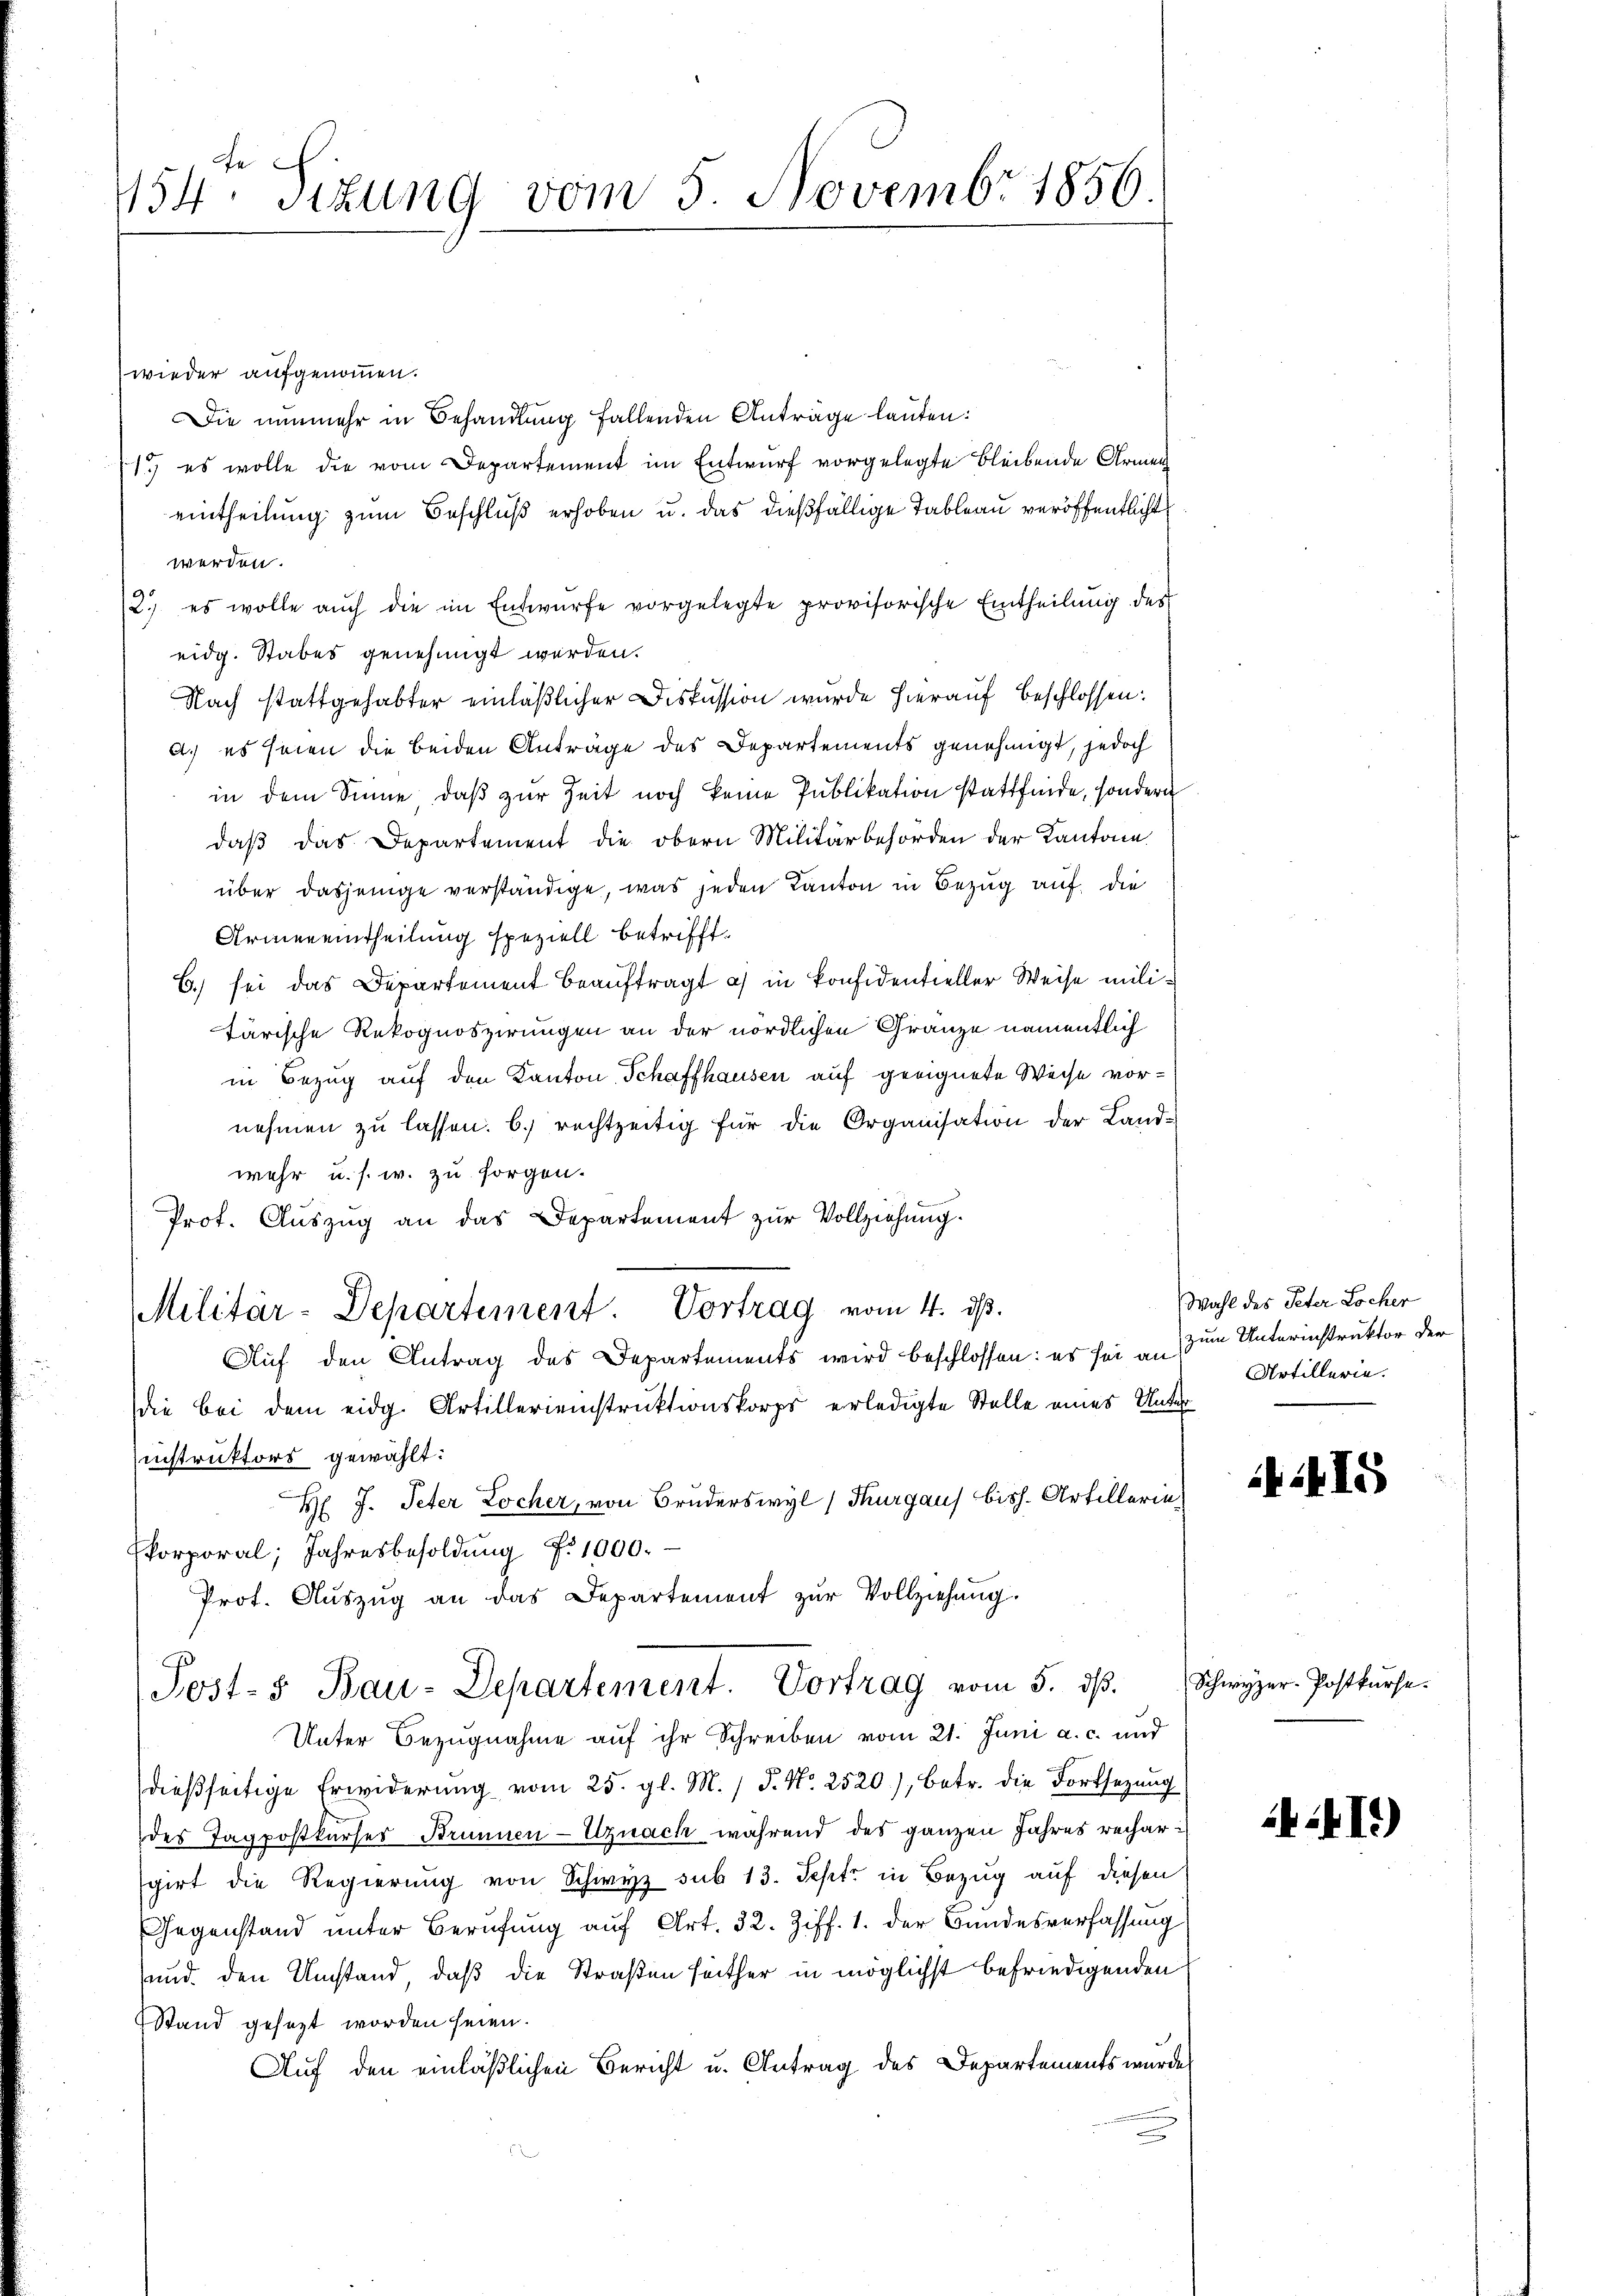
fe
154. Sizung vom 5. Novembr 1856.

wieder aufgenommen.
Die nunmehr in Behandlung fallenden Antrage lauten:
1) es wolle die vom Departement im Entwurf vorgelegte bleibende Armen
eintheilung zum Beschluß erhoben u. das dießfällige Tableau veröffentlicht
werden.
2.) es wolle auch die im Entwürfe vorgelegte provisorische Eintheilung der
eidg. Stabes genehmigt werden.
Nach stattgehabter einläßlicher Diskussion wurde hierauf beschlossen:
A.) es seien die beiden Anträge des Departements genehmigt, jedoch
in dem Sinne, daß zur Zeit noch keine Publikation stattfinde, sondern
daß das Departement die obern Militärbehörden der Kantone
über dasjenige verständige, was jeden Kanton in Bezug auf die
Armereintheilung speziell betrifft.
C. sei das Departement beauftragt a) in Considentieller Weise militärische Rekognoszirungen an der nördlichen Gränze namentlich
in Bezug auf den Kanton Schaffhausen auf geeignete Weise vornehmen zŭ lassen. b. rechtzeitig für die Organisation der Land-
wehr u. s. w. zu sorgen.
Prof. Auszug an das Departement zur Vollziehung.
Militär-Departement. Vortrag vom 4. ds.
Auf den Antrag des Departements wird beschlossen: es sei an
ie bei dem eidg. Artillerienstruktionskorps erledigte Stelle eines Unterinstruktors gewählt:
H J. Peter Locher, von Bruderswyl (Thurgaus bish. Artillerie,
korporal; Jahresbesoldŭng d. 1000.
Prot. Aŭszŭg an das Departement zŭr Vollziehung.
Post-s Bau-Departement. Vortrag vom 5. ds.
Unter Bezugnahme auf ihr Schreiben vom 21. Juni a. c. und
dießseitige Erwiderung vom 25. gl. M. / 5. No. 2520), betr. die Fortsetzung
des Tagpostkurses Brunnen-Uznach während des ganzen Jahres rechar
sgirt die Regierung von Schwyz sub 13. Sept. in Bezug auf diesen
Gegenstand unter Berufung auf Art. 32. Ziff. 1. der Bundesverfassung
und den Umstand, daß die Straßen seither in möglichst befriedigenden
Stand gesezt worden seien.
Auf den einläßlichen Bericht u. Antrag des Departements wurde

Wahl des Peter Locher
zum Unterinstruktor der
Artillerie.

415

Schwyzer-Postkurse.

41)